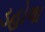
ડહોળા